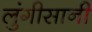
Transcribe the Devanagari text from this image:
लुंगीसानी